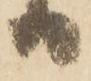
り